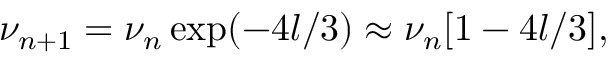
\nu _ { n + 1 } = \nu _ { n } \exp ( - 4 l / 3 ) \approx \nu _ { n } [ 1 - 4 l / 3 ] ,